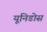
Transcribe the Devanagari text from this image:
यूनिडोस